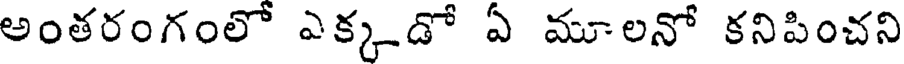
అంతరంగంలో ఎక్కడో ఏ మూలనో కనిపించని